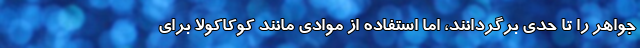
جواهر را تا حدی برگردانند، اما استفاده از موادی مانند کوکاکولا برای